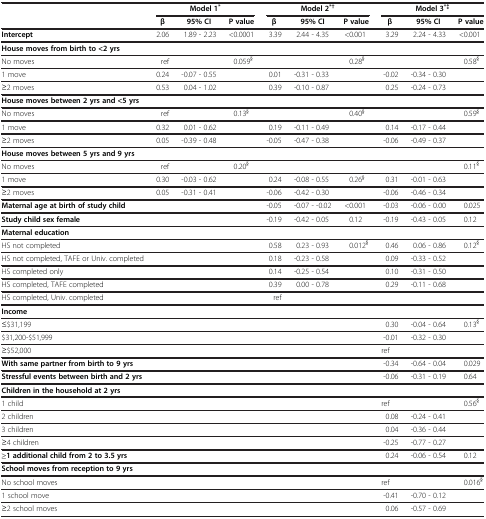
<table><thead><tr><td><b> </b></td><td colspan="3"><b>Model 1<sup>*</sup></b></td><td colspan="3"><b>Model 2<sup>*†</sup></b></td><td colspan="3"><b>Model 3<sup>*‡</sup></b></td></tr><tr><td><b> </b></td><td><b>β</b></td><td><b>95% CI</b></td><td><b>P value</b></td><td><b>β</b></td><td><b>95% CI</b></td><td><b>P value</b></td><td><b>β</b></td><td><b>95% CI</b></td><td><b>P value</b></td></tr></thead><tbody><tr><td><b>Intercept</b></td><td>2.06</td><td>1.89 - 2.23</td><td>&lt;0.0001</td><td>3.39</td><td>2.44 - 4.35</td><td>&lt;0.001</td><td>3.29</td><td>2.24 - 4.33</td><td>&lt;0.001</td></tr><tr><td><b>House moves from birth to &lt;2 yrs</b></td><td> </td><td> </td><td> </td><td> </td><td> </td><td> </td><td> </td><td> </td><td> </td></tr><tr><td>No moves</td><td>ref</td><td> </td><td>0.059<sup>§</sup></td><td> </td><td> </td><td>0.28<sup>§</sup></td><td> </td><td> </td><td>0.58<sup>§</sup></td></tr><tr><td>1 move</td><td>0.24</td><td>-0.07 - 0.55</td><td> </td><td>0.01</td><td>-0.31 - 0.33</td><td> </td><td>-0.02</td><td>-0.34 - 0.30</td><td> </td></tr><tr><td>≥2 moves</td><td>0.53</td><td>0.04 - 1.02</td><td> </td><td>0.39</td><td>-0.10 - 0.87</td><td> </td><td>0.25</td><td>-0.24 - 0.73</td><td> </td></tr><tr><td><b>House moves between 2 yrs and &lt;5 yrs</b></td><td> </td><td> </td><td> </td><td> </td><td> </td><td> </td><td> </td><td> </td><td> </td></tr><tr><td>No moves</td><td>ref</td><td> </td><td>0.13<sup>§</sup></td><td> </td><td> </td><td>0.40<sup>§</sup></td><td> </td><td> </td><td>0.59<sup>§</sup></td></tr><tr><td>1 move</td><td>0.32</td><td>0.01 - 0.62</td><td> </td><td>0.19</td><td>-0.11 - 0.49</td><td> </td><td>0.14</td><td>-0.17 - 0.44</td><td> </td></tr><tr><td>≥2 moves</td><td>0.05</td><td>-0.39 - 0.48</td><td> </td><td>-0.05</td><td>-0.47 - 0.38</td><td> </td><td>-0.06</td><td>-0.49 - 0.37</td><td> </td></tr><tr><td><b>House moves between 5 yrs and 9 yrs</b></td><td> </td><td> </td><td> </td><td> </td><td> </td><td> </td><td> </td><td> </td><td> </td></tr><tr><td>No moves</td><td>ref</td><td> </td><td>0.20<sup>§</sup></td><td> </td><td> </td><td> </td><td> </td><td> </td><td>0.11<sup>§</sup></td></tr><tr><td>1 move</td><td>0.30</td><td>-0.03 - 0.62</td><td> </td><td>0.24</td><td>-0.08 - 0.55</td><td>0.26<sup>§</sup></td><td>0.31</td><td>-0.01 - 0.63</td><td> </td></tr><tr><td>≥2 moves</td><td>0.05</td><td>-0.31 - 0.41</td><td> </td><td>-0.06</td><td>-0.42 - 0.30</td><td> </td><td>-0.06</td><td>-0.46 - 0.34</td><td> </td></tr><tr><td><b>Maternal age at birth of study child</b></td><td> </td><td> </td><td> </td><td>-0.05</td><td>-0.07 - -0.02</td><td>&lt;0.001</td><td>-0.03</td><td>-0.06 - 0.00</td><td>0.025</td></tr><tr><td><b>Study child sex female</b></td><td> </td><td> </td><td> </td><td>-0.19</td><td>-0.42 - 0.05</td><td>0.12</td><td>-0.19</td><td>-0.43 - 0.05</td><td>0.12</td></tr><tr><td><b>Maternal education</b></td><td> </td><td> </td><td> </td><td> </td><td> </td><td> </td><td> </td><td> </td><td> </td></tr><tr><td>HS not completed</td><td> </td><td> </td><td> </td><td>0.58</td><td>0.23 - 0.93</td><td>0.012<sup>§</sup></td><td>0.46</td><td>0.06 - 0.86</td><td>0.12<sup>§</sup></td></tr><tr><td>HS not completed, TAFE or Univ. completed</td><td> </td><td> </td><td> </td><td>0.18</td><td>-0.23 - 0.58</td><td> </td><td>0.09</td><td>-0.33 - 0.52</td><td> </td></tr><tr><td>HS completed only</td><td> </td><td> </td><td> </td><td>0.14</td><td>-0.25 - 0.54</td><td> </td><td>0.10</td><td>-0.31 - 0.50</td><td> </td></tr><tr><td>HS completed, TAFE completed</td><td> </td><td> </td><td> </td><td>0.39</td><td>0.00 - 0.78</td><td> </td><td>0.29</td><td>-0.11 - 0.68</td><td> </td></tr><tr><td>HS completed, Univ. completed</td><td> </td><td> </td><td> </td><td>ref</td><td> </td><td> </td><td> </td><td> </td><td> </td></tr><tr><td><b>Income</b></td><td> </td><td> </td><td> </td><td> </td><td> </td><td> </td><td> </td><td> </td><td> </td></tr><tr><td>≤$31,199</td><td> </td><td> </td><td> </td><td> </td><td> </td><td> </td><td>0.30</td><td>-0.04 - 0.64</td><td>0.13<sup>§</sup></td></tr><tr><td>$31,200-$51,999</td><td> </td><td> </td><td> </td><td> </td><td> </td><td> </td><td>-0.01</td><td>-0.32 - 0.30</td><td> </td></tr><tr><td>≥$52,000</td><td> </td><td> </td><td> </td><td> </td><td> </td><td> </td><td>ref</td><td> </td><td> </td></tr><tr><td><b>With same partner from birth to 9 yrs</b></td><td> </td><td> </td><td> </td><td> </td><td> </td><td> </td><td>-0.34</td><td>-0.64 - 0.04</td><td>0.029</td></tr><tr><td><b>Stressful events between birth and 2 yrs</b></td><td> </td><td> </td><td> </td><td> </td><td> </td><td> </td><td>-0.06</td><td>-0.31 - 0.19</td><td>0.64</td></tr><tr><td><b>Children in the household at 2 yrs</b></td><td> </td><td> </td><td> </td><td> </td><td> </td><td> </td><td> </td><td> </td><td> </td></tr><tr><td>1 child</td><td> </td><td> </td><td> </td><td> </td><td> </td><td> </td><td>ref</td><td> </td><td>0.56<sup>§</sup></td></tr><tr><td>2 children</td><td> </td><td> </td><td> </td><td> </td><td> </td><td> </td><td>0.08</td><td>-0.24 - 0.41</td><td> </td></tr><tr><td>3 children</td><td> </td><td> </td><td> </td><td> </td><td> </td><td> </td><td>0.04</td><td>-0.36 - 0.44</td><td> </td></tr><tr><td>≥4 children</td><td> </td><td> </td><td> </td><td> </td><td> </td><td> </td><td>-0.25</td><td>-0.77 - 0.27</td><td> </td></tr><tr><td><b>≥1 additional child from 2 to 3.5 yrs</b></td><td> </td><td> </td><td> </td><td> </td><td> </td><td> </td><td>0.24</td><td>-0.06 - 0.54</td><td>0.12</td></tr><tr><td><b>School moves from reception to 9 yrs</b></td><td> </td><td> </td><td> </td><td> </td><td> </td><td> </td><td> </td><td> </td><td> </td></tr><tr><td>No school moves</td><td> </td><td> </td><td> </td><td> </td><td> </td><td> </td><td>ref</td><td> </td><td>0.016<sup>§</sup></td></tr><tr><td>1 school move</td><td> </td><td> </td><td> </td><td> </td><td> </td><td> </td><td>-0.41</td><td>-0.70 - 0.12</td><td> </td></tr><tr><td>≥2 school moves</td><td> </td><td> </td><td> </td><td> </td><td> </td><td> </td><td>0.06</td><td>-0.57 - 0.69</td><td> </td></tr></tbody></table>